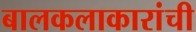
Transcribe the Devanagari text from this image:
बालकलाकारांची